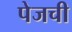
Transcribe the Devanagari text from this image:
पेजची